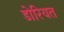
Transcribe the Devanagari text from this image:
डोरियत